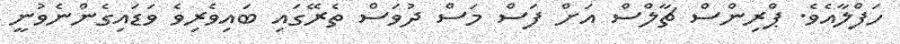
ހަފްލާއެވެ. ޕްރިންސް ޗާލްސް އަށް ފަސް މަސް ދުވަސް ތެރޭގައި ބައިވެރިވެ ވަޑައިގެންނެވުނީ